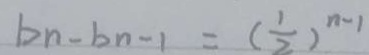
b n - b n - 1 = ( \frac { 1 } { 2 } ) ^ { n - 1 }